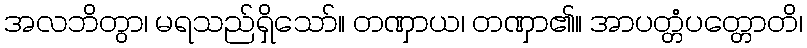
အလဘိတွာ၊ မရသည်ရှိသော်။ တဏှာယ၊ တဏှာ၏။ အာပတ္တံပတ္တောတိ၊